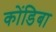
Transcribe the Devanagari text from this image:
कोंडिबा